Causation and prevention of malarial fevers: a statement of the results of researches drawn up for the use of assistant surgeons, hospital assistants and students
Disease focus: Malaria
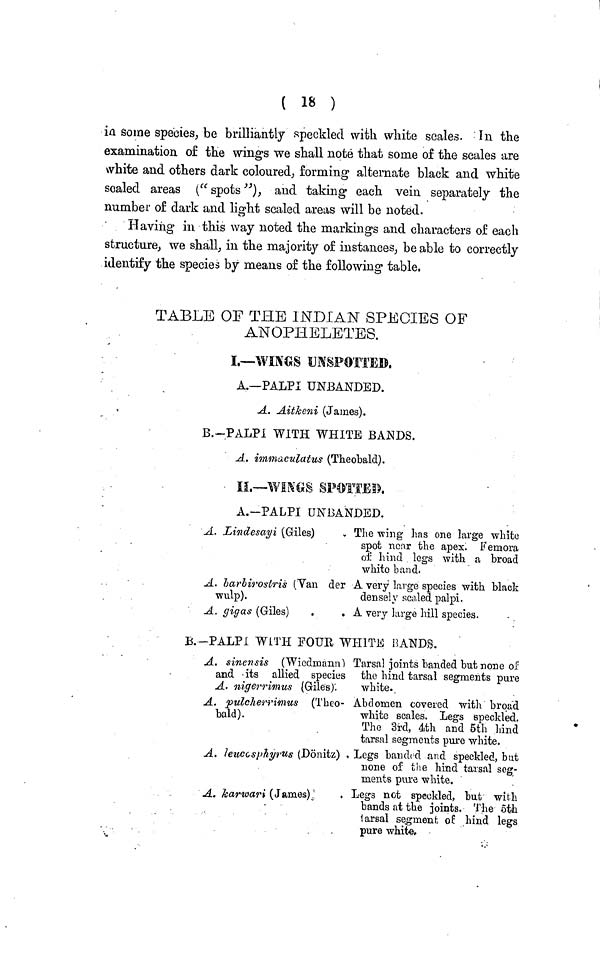
( 18 )
in some species, be brilliantly speckled with white scales. In the
examination of the wings we shall note that some of the scales are
white and others dark coloured, forming alternate black and white
scaled areas ("spots"), and taking each vein separately the
number of dark and light scaled areas will be noted.
Having in this way noted the markings and characters of each
structure, we shall, in the majority of instances, be able to correctly
identify the species by means of the following table,
TABLE OF THE INDIAN SPECIES OF
ANOPHELETES.
I.—WINGS UNSPOTTED.
A.—PALPI UNBANDED.
A. Aitkeni (James).
B.-PALPI WITH WHITE BANDS.
A. immaculatus (Theobald).
II.—WINGS SPOTTED.
A.-PALPI UNBANDED.
A. Lindesayi (Giles)
A. barbirostris (Van der
wulp).
A. gig as (Giles)
The wing has one large white
spot near the apex. Femora
of hind legs with a broad
white band.
A very large species with black
densely scaled palpi.
A very large hill species.
B.-PALPI WITH FOUR WHITE BANDS.
A. sinensis (Wiedmann)
and its allied species
A. nigerrimus (Giles).
A. pulcherrimus (Theo-
bald).
A. leuccsphyrus (Dönitz)
A. karwari
(James)
Tarsal joints banded but none of
the hind tarsal segments pure
white.
Abdomen covered with broad
white scales. Legs speckled.
The 3rd, 4th and 5th hind
tarsal segments pure white.
Legs banded and speckled, but
none of the hind tarsal seg-
ments pure white.
Legs not speckled, but with
bands at the joints. The 5th
tarsal segment of hind legs
pure white.